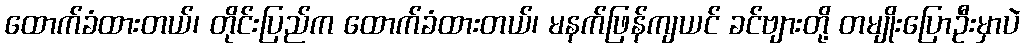
ထောက်ခံထားတယ်၊ တိုင်းပြည်က ထောက်ခံထားတယ်၊ မနက်ဖြန်ကျယင် ခင်ဗျားတို့ တမျိုးပြောဦးမှာပဲ